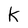
Character: k